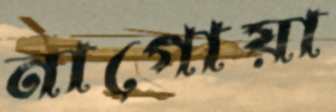
নাগোয়া